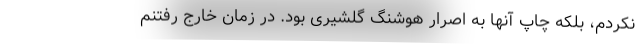
نکردم، بلکه چاپ آنها به اصرار هوشنگ گلشیری بود. در زمان خارج رفتنم